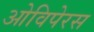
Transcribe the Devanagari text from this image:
ओविपेरस